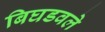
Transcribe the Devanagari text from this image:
बिघडवले